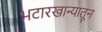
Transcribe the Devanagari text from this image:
भटारखान्यातून